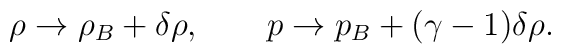
\rho \to \rho_B + \delta \rho, \qquad p \to p_B + (\gamma - 1)\delta \rho.